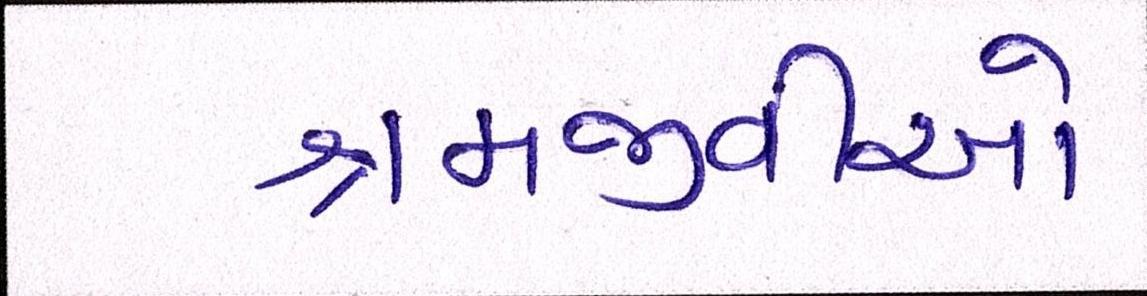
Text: શ્રમજીવીઓ